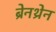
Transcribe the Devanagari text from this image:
ब्रेनथ्रेन